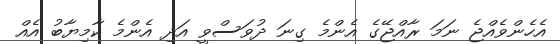
އެހެންވެއްޖެ ނަމަ ރާއްޖޭގެ އެންމެ ގިނަ ދުވަސްވީ އަދި އެންމެ ކާމިޔާބު އެއް